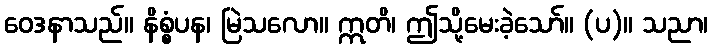
ဝေဒနာသည်။ နိစ္စံပန၊ မြဲသလော။ ဣတိ၊ ဤသို့မေးခဲ့သော်။ (ပ)။ သညာ၊